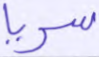
سريا